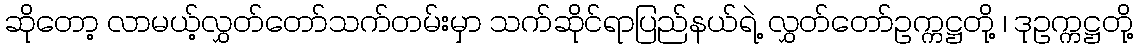
ဆိုတော့ လာမယ့်လွှတ်တော်သက်တမ်းမှာ သက်ဆိုင်ရာပြည်နယ်ရဲ့ လွှတ်တော်ဥက္ကဋ္ဌတို့ ၊ ဒုဥက္ကဋ္ဌတို့